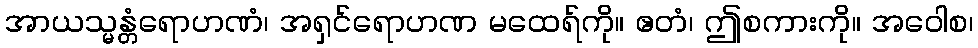
အာယသ္မန္တံရောဟဏံ၊ အရှင်ရောဟဏ မထေရ်ကို။ ဧတံ၊ ဤစကားကို။ အဝေါစ၊